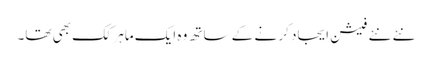
نئے نئے فیشن اِیجاد کر نے کے ساتھ وہ ایک ماہر کک بھی تھا۔